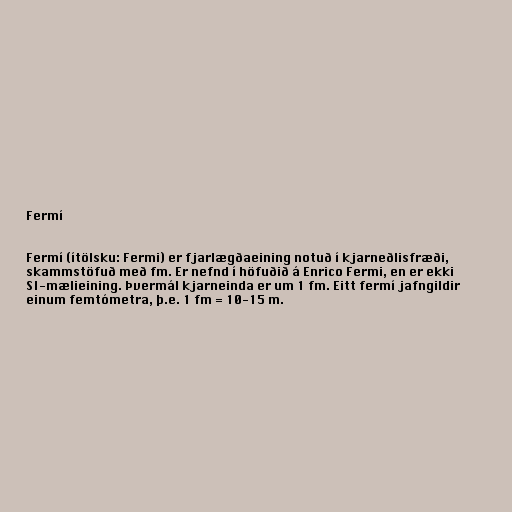
Fermí

Fermí (ítölsku: Fermi) er fjarlægðaeining notuð í kjarneðlisfræði,
skammstöfuð með fm. Er nefnd í höfuðið á Enrico Fermi, en er ekki
SI-mælieining. Þvermál kjarneinda er um 1 fm. Eitt fermí jafngildir
einum femtómetra, þ.e. 1 fm = 10-15 m.